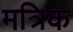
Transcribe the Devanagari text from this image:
मत्रिक